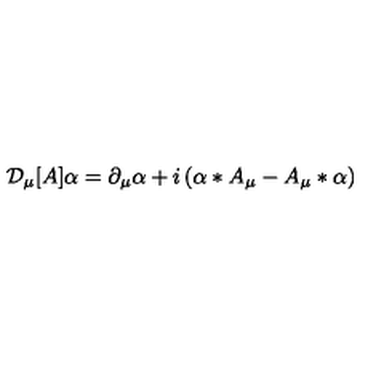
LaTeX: { \cal D } _ { \mu } [ A ] \alpha = \partial _ { \mu } \alpha + i \left( \alpha * A _ { \mu } - A _ { \mu } * \alpha \right)